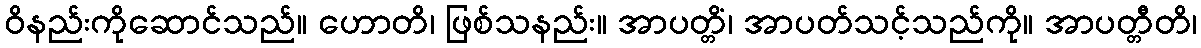
ဝိနည်းကိုဆောင်သည်။ ဟောတိ၊ ဖြစ်သနည်း။ အာပတ္တိံ၊ အာပတ်သင့်သည်ကို။ အာပတ္တီတိ၊